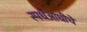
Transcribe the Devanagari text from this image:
स्पर्धैआधीचे